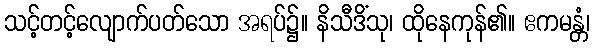
သင့်တင့်လျောက်ပတ်သော အရပ်၌။ နိသီဒိံသု၊ ထိုနေကုန်၏။ ဧကမန္တံ၊